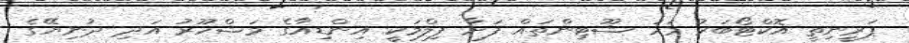
ޕަރީނިތީ އޮކްޓޯބަރު މަހު ޝޫޓިންތައް ފަށާ ފިލްމަކީ އިންޑިއާގެ މަޝްހޫރު އަދި ދުނިޔޭގެ